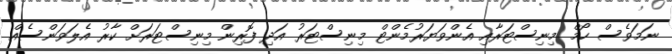
ނަމަވެސް ހޯމް މިނިސްޓަރާއި އެންވަޔަރުމެންޓް މިނިސްޓަރު އަދި ފޮރިން މިނިސްޓަރަށް ކާރު އެލަވަންސެއް